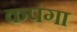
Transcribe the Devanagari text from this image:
कपंगा